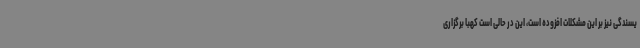
یسندگی نیز بر این مشکلات افزوده است، این در حالی است کهبا برگزاری